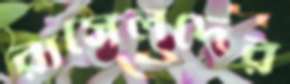
রাসেলদের